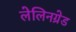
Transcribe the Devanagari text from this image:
लेलिनग्रेड